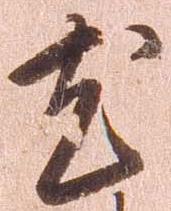
尤